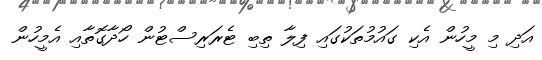
އަދި މި މީހުން އެކި ގައުމުތަކުގައި ފިލާ ތިބި ޓެރަރިސްޓުން ހޯދާގޮތާއި އެމީހުން